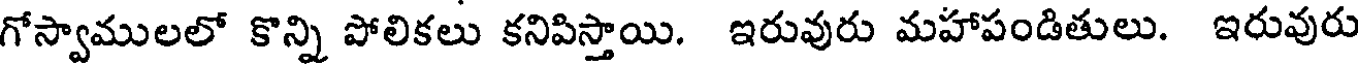
గోస్వాములలో కొన్ని పోలికలు కనిపిస్తాయి. ఇరువురు మహాపండితులు. ఇరువురు